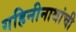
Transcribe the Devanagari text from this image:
गहिनीनाथांची